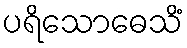
ပရိသောဓေသိံ